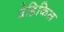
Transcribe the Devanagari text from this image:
वेहिकिल